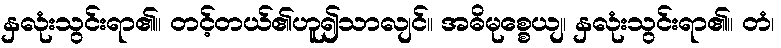
နှလုံးသွင်းရာ၏။ တင့်တယ်၏ဟူ၍သာလျင်။ အဓိမုစ္စေယျ၊ နှလုံးသွင်းရာ၏။ တံ၊